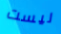
ليست